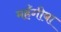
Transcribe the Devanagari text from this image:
महँगीबा